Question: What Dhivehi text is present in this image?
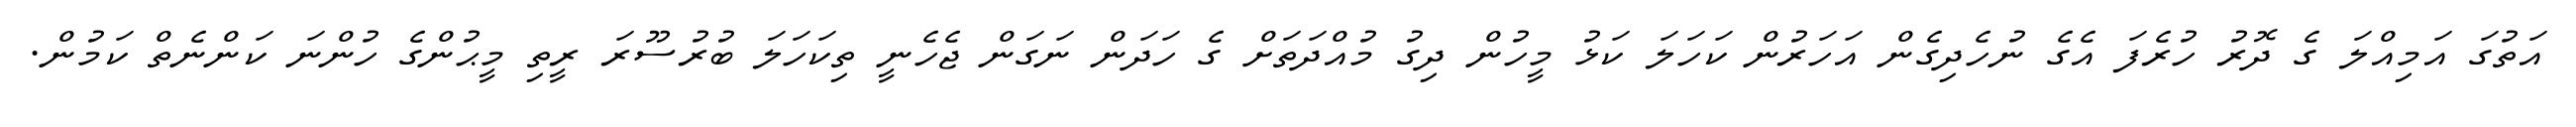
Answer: އަތުގަ އަމިއްލަ ގެ ދޮރު ހުރެފަ އެގެ ނުހެދިގެން އަހަރުން ކަހަލަ ކަޅު މީހުން ދިގު މުއްދަތަށް ގެ ހަދަން ނަގަން ޖެހެނީ ތިކަހަލަ ބުރުސޫރަ ރީތި މީޙުންގެ ހުންނަ ކަންނެތް ކަމުން.